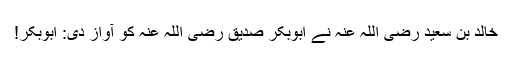
خالد بن سعید رضی اللہ عنہ نے ابوبکر صدیق رضی اللہ عنہ کو آواز دی: ابوبکر!